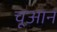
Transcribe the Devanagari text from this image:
चूआन